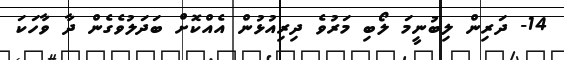
14- ދަރިން ލިބުނީމަ ލޯބި މަރުވެ ދިރިއުޅުން އެއްކޮށް ބަދަލުވެގެން ދާ ވާހަކަ